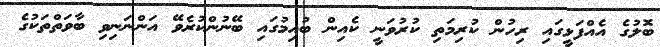
ބޮލުގެ އެއްފަޅީގައި ރިހުން ކުރިމަތި ކުރުވަނީ ކެއިން ބުއިމުގައި ބޭނުންކުރެވޭ އަންނަނިވި ބާވަތްތަކުގެ